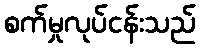
စက်မှုလုပ်ငန်းသည်